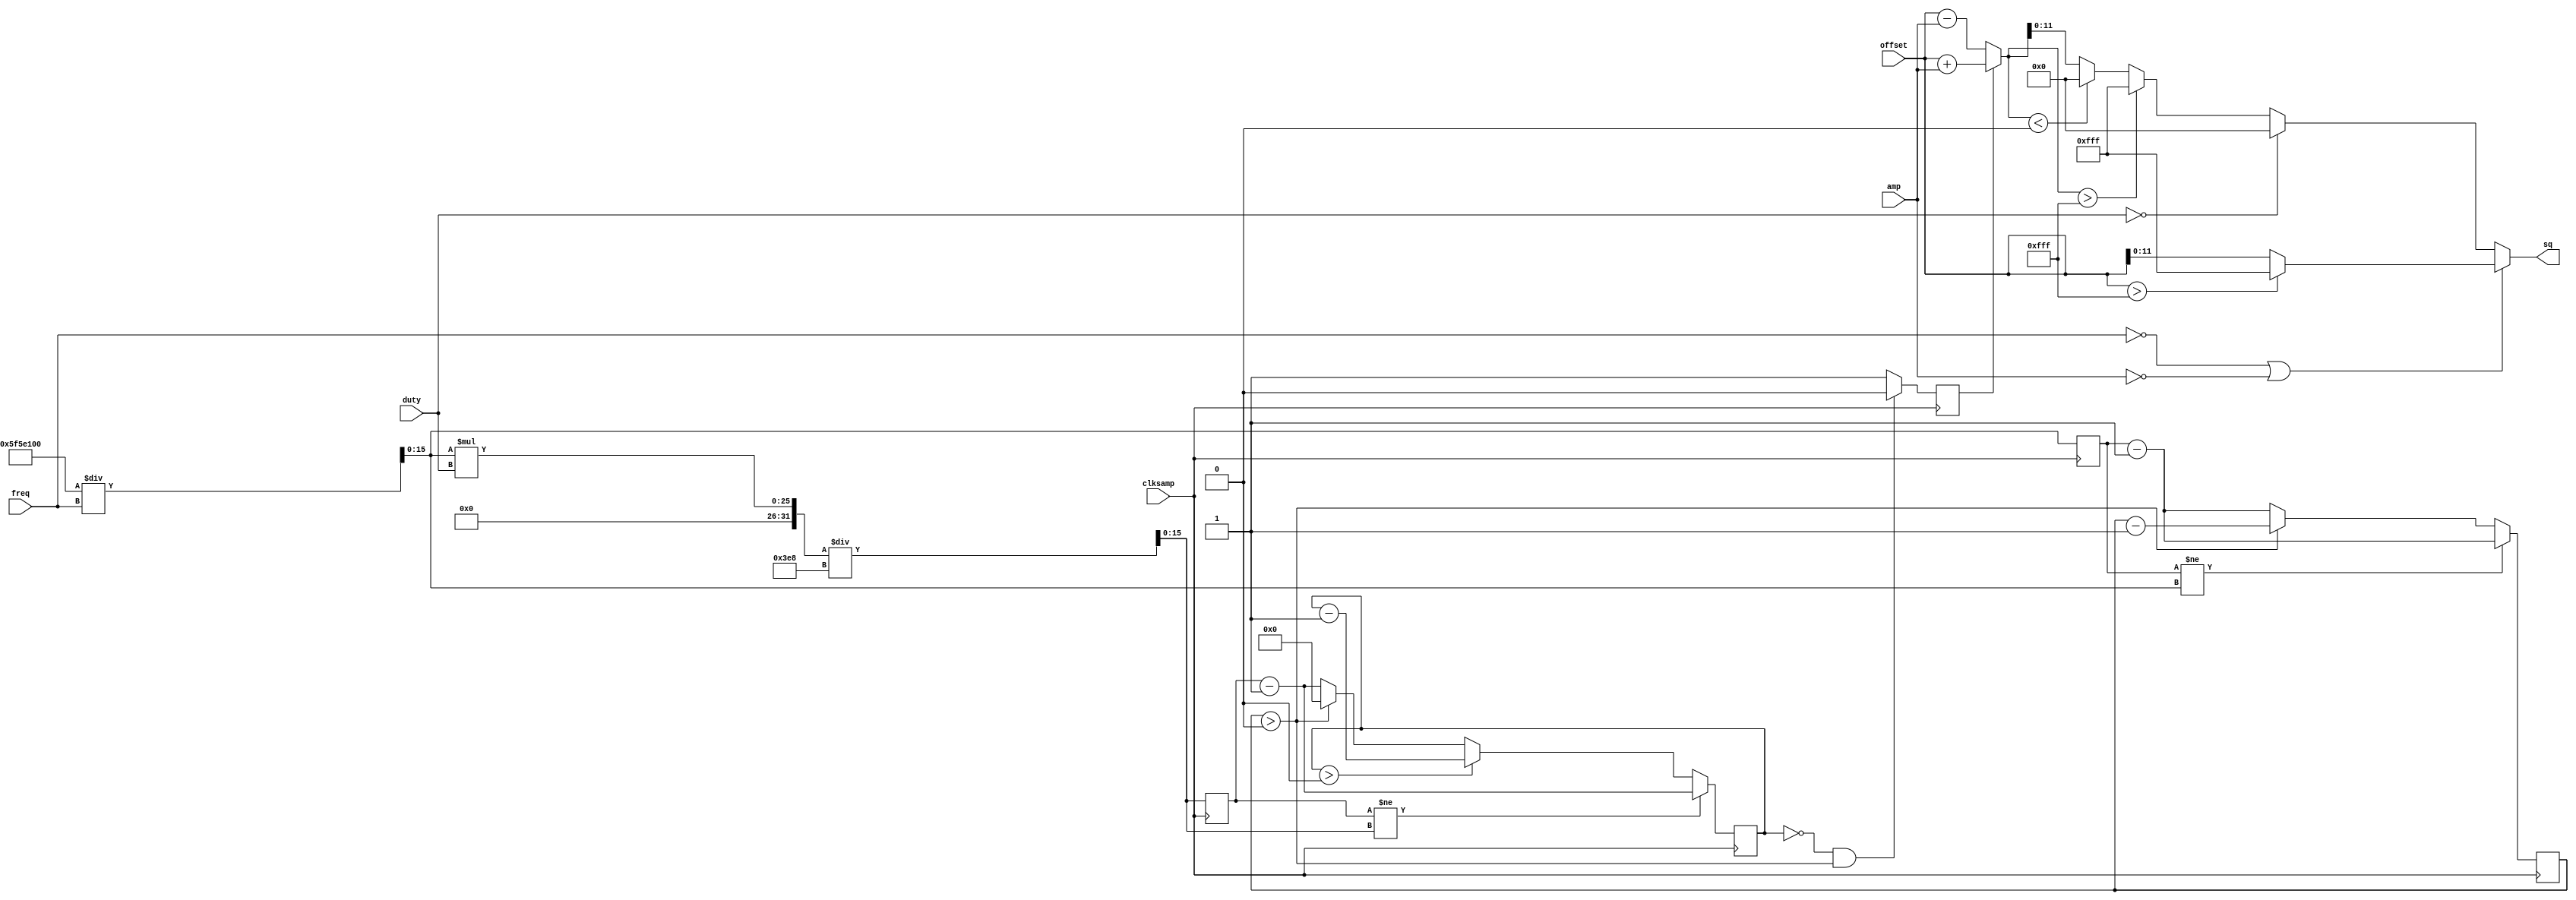
module square(input clksamp, 
            input[31:0] freq, 
            input signed[16:0] amp, 
            input signed[16:0] offset, 
            input[9:0] duty,
            output[11:0] sq);
parameter SAMP_FREQ = 100_000_000;

reg state = 1'b0;
reg[15:0] period_counter = 16'b0;
reg[15:0] duty_counter = 16'b0;

wire[15:0] period_load = (SAMP_FREQ/freq);
wire[15:0] duty_load = (period_load * duty) / 1000;

reg[15:0] period_load_reg = 32'b0;
reg[15:0] duty_load_reg = 32'b0;

always @(posedge clksamp) begin
    period_load_reg <= period_load;
    duty_load_reg <= duty_load;
    period_counter <= (period_load_reg != period_load) ? period_load_reg - 1 : (period_counter > 0) ? period_counter - 1 : period_load_reg - 1;
    duty_counter <= (duty_load_reg != duty_load) ? duty_load_reg - 1 : (duty_counter > 0) ? duty_counter - 1 : (period_counter > 0) ? 0 : duty_load_reg - 1;
    state <= (duty_counter == 0 && period_counter > 0) ? 0 : 1;
end

wire signed[16:0] preclip = state ? offset + amp : offset - amp;

assign sq = (freq == 0 || amp == 0) ? offset > 4095 ? 4095 : offset : duty == 0 ? 0 : preclip > 4095 ? 4095 : preclip < 0 ? 0 : preclip;

endmodule